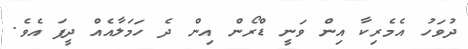
ދުވަހު އެމެރިކާ އިން ވަނީ ޑްރޯން އިން ދެ ހަމަލާއެއް ދީފަ އެވެ.